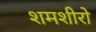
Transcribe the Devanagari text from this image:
शमशीरो